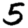
Digit: 5